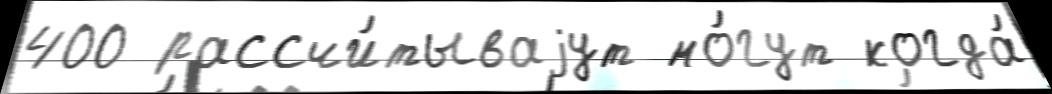
400 рассчи́тываjут мо́гут когда́